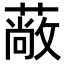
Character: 𮑇